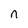
Character: n